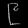
Digit: ၉